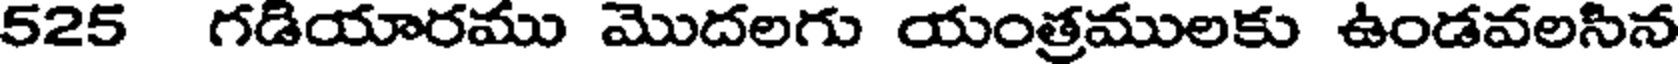
525 గడియారము మొదలగు యంత్రములకు ఉండవలసిన